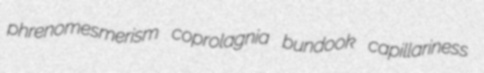
phrenomesmerism coprolagnia bundook capillariness